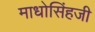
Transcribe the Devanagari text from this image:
माधोसिंहजी